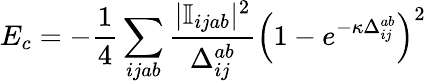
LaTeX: E_{c}=-\frac{1}{4}\sum_{ijab}\frac{|\mathbb{I}_{ijab}|^{2}}{\Delta_{ij}^{ab}}\Big(1-e^{-\kappa\Delta_{ij}^{ab}}\Big)^{2}